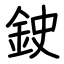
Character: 鉂